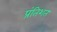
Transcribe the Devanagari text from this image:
प्रंतिशत